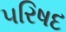
૫રિષદ